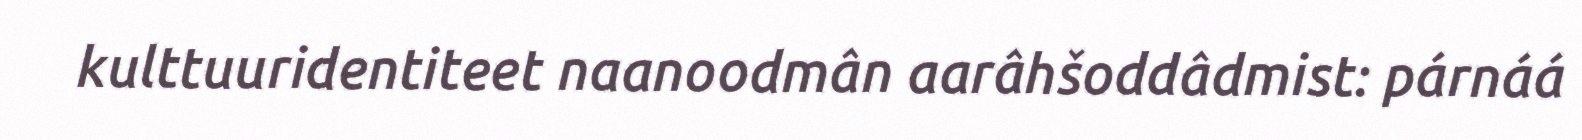
kulttuuridentiteet naanoodmân aarâhšoddâdmist: párnáá